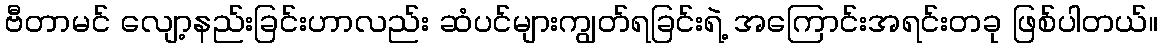
ဗီတာမင် လျော့နည်းခြင်းဟာလည်း ဆံပင်များကျွတ်ရခြင်းရဲ့ အကြောင်းအရင်းတခု ဖြစ်ပါတယ်။